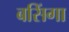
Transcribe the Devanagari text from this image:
बसिंगा